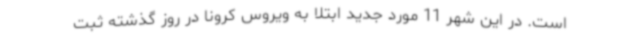
است. در این شهر 11 مورد جدید ابتلا به ویروس کرونا در روز گذشته ثبت